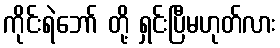
ကိုင်းရဲဘော် တို့ ရှင်းပြီမဟုတ်လား